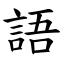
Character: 語